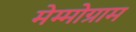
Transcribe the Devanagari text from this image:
मेम्मोग्राम